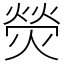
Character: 熒